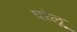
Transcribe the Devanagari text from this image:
घऱेलू